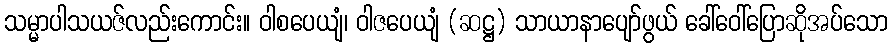
သမ္မာပါသယဇ်လည်းကောင်း။ ဝါစပေယျံ၊ ဝါဇပေယျံ (ဆဋ္ဌ) သာယာနာပျော်ဖွယ် ခေါ်ဝေါ်ပြောဆိုအပ်သော